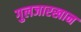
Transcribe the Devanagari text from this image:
गुलजारखान